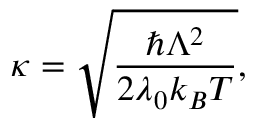
\kappa = \sqrt { \frac { \hbar \Lambda ^ { 2 } } { 2 \lambda _ { 0 } k _ { B } T } } ,